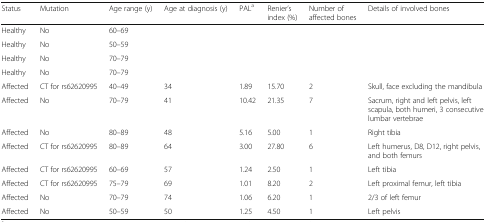
<table><thead><tr><td><b>Status</b></td><td><b>Mutation</b></td><td><b>Age range (y)</b></td><td><b>Age at diagnosis (y)</b></td><td><b>PAL<sup>a</sup></b></td><td><b>Renier’s index (%)</b></td><td><b>Number of affected bones</b></td><td><b>Details of involved bones</b></td></tr></thead><tbody><tr><td>Healthy</td><td>No</td><td>60–69</td><td></td><td></td><td></td><td></td><td></td></tr><tr><td>Healthy</td><td>No</td><td>50–59</td><td></td><td></td><td></td><td></td><td></td></tr><tr><td>Healthy</td><td>No</td><td>70–79</td><td></td><td></td><td></td><td></td><td></td></tr><tr><td>Healthy</td><td>No</td><td>70–79</td><td></td><td></td><td></td><td></td><td></td></tr><tr><td>Affected</td><td>CT for rs62620995</td><td>40–49</td><td>34</td><td>1.89</td><td>15.70</td><td>2</td><td>Skull, face excluding the mandibula</td></tr><tr><td>Affected</td><td>No</td><td>70–79</td><td>41</td><td>10.42</td><td>21.35</td><td>7</td><td>Sacrum, right and left pelvis, left scapula, both humeri, 3 consecutive lumbar vertebrae</td></tr><tr><td>Affected</td><td>No</td><td>80–89</td><td>48</td><td>5.16</td><td>5.00</td><td>1</td><td>Right tibia</td></tr><tr><td>Affected</td><td>CT for rs62620995</td><td>80–89</td><td>64</td><td>3.00</td><td>27.80</td><td>6</td><td>Left humerus, D8, D12, right pelvis, and both femurs</td></tr><tr><td>Affected</td><td>CT for rs62620995</td><td>60–69</td><td>57</td><td>1.24</td><td>2.50</td><td>1</td><td>Left tibia</td></tr><tr><td>Affected</td><td>CT for rs62620995</td><td>75–79</td><td>69</td><td>1.01</td><td>8.20</td><td>2</td><td>Left proximal femur, left tibia</td></tr><tr><td>Affected</td><td>No</td><td>70–79</td><td>74</td><td>1.06</td><td>6.20</td><td>1</td><td>2/3 of left femur</td></tr><tr><td>Affected</td><td>No</td><td>50–59</td><td>50</td><td>1.25</td><td>4.50</td><td>1</td><td>Left pelvis</td></tr></tbody></table>